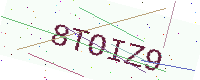
Text: 8TOIZ9